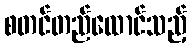
စတင်တည်ထောင်သည့်